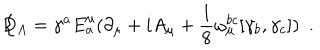
LaTeX: \not { \! \! D } _ { A } = \gamma ^ { a } E _ { a } ^ { \mu } ( \partial _ { \mu } + i A _ { \mu } + \frac { 1 } { 8 } \omega _ { \mu } ^ { b c } [ \gamma _ { b } , \gamma _ { c } ] ) ~ ~ .